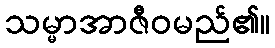
သမ္မာအာဇီဝမည်၏။